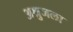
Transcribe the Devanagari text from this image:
अश्रुजला